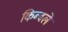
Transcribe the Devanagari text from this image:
किब्बले